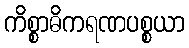
ကိစ္စာဓိကရဏပစ္စယာ